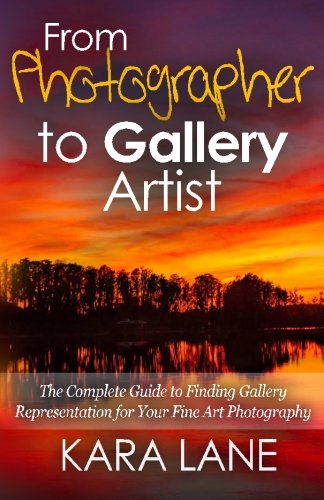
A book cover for From Photographer to Gallery Artist: The Complete Guide to Finding Gallery Representation for Your Fine Art Photography; Kara Lane; Arts & Photography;